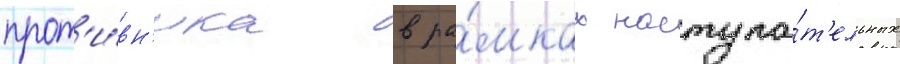
прот'и́вн'ика в ра́мках наступа́т'ельных